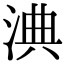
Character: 淟